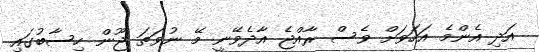
އަދި އެންމެ އަހަވަށް ވެސް ރާއްޖެ އާދެވޭނީ މޭ ނުވަތަ ޖޫން ހިސާބުގައި